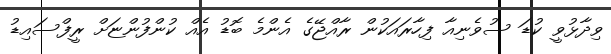
ވިދާޅުވީ ކުޑަ ސުވެނިއާ ފިހާރައަކުން ރާއްޖޭގެ އެންމެ ބޮޑު އެއް ކުންފުންޏަށް ރީފްސައިޑު